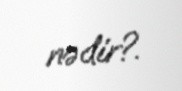
nədir?.